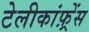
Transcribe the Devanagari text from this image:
टेलीकांफ़्रेंस